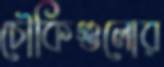
চৌকিগুলোর